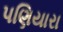
પણિયારા